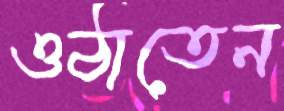
ওঠাতেন